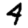
Digit: 4